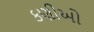
કણીઓ